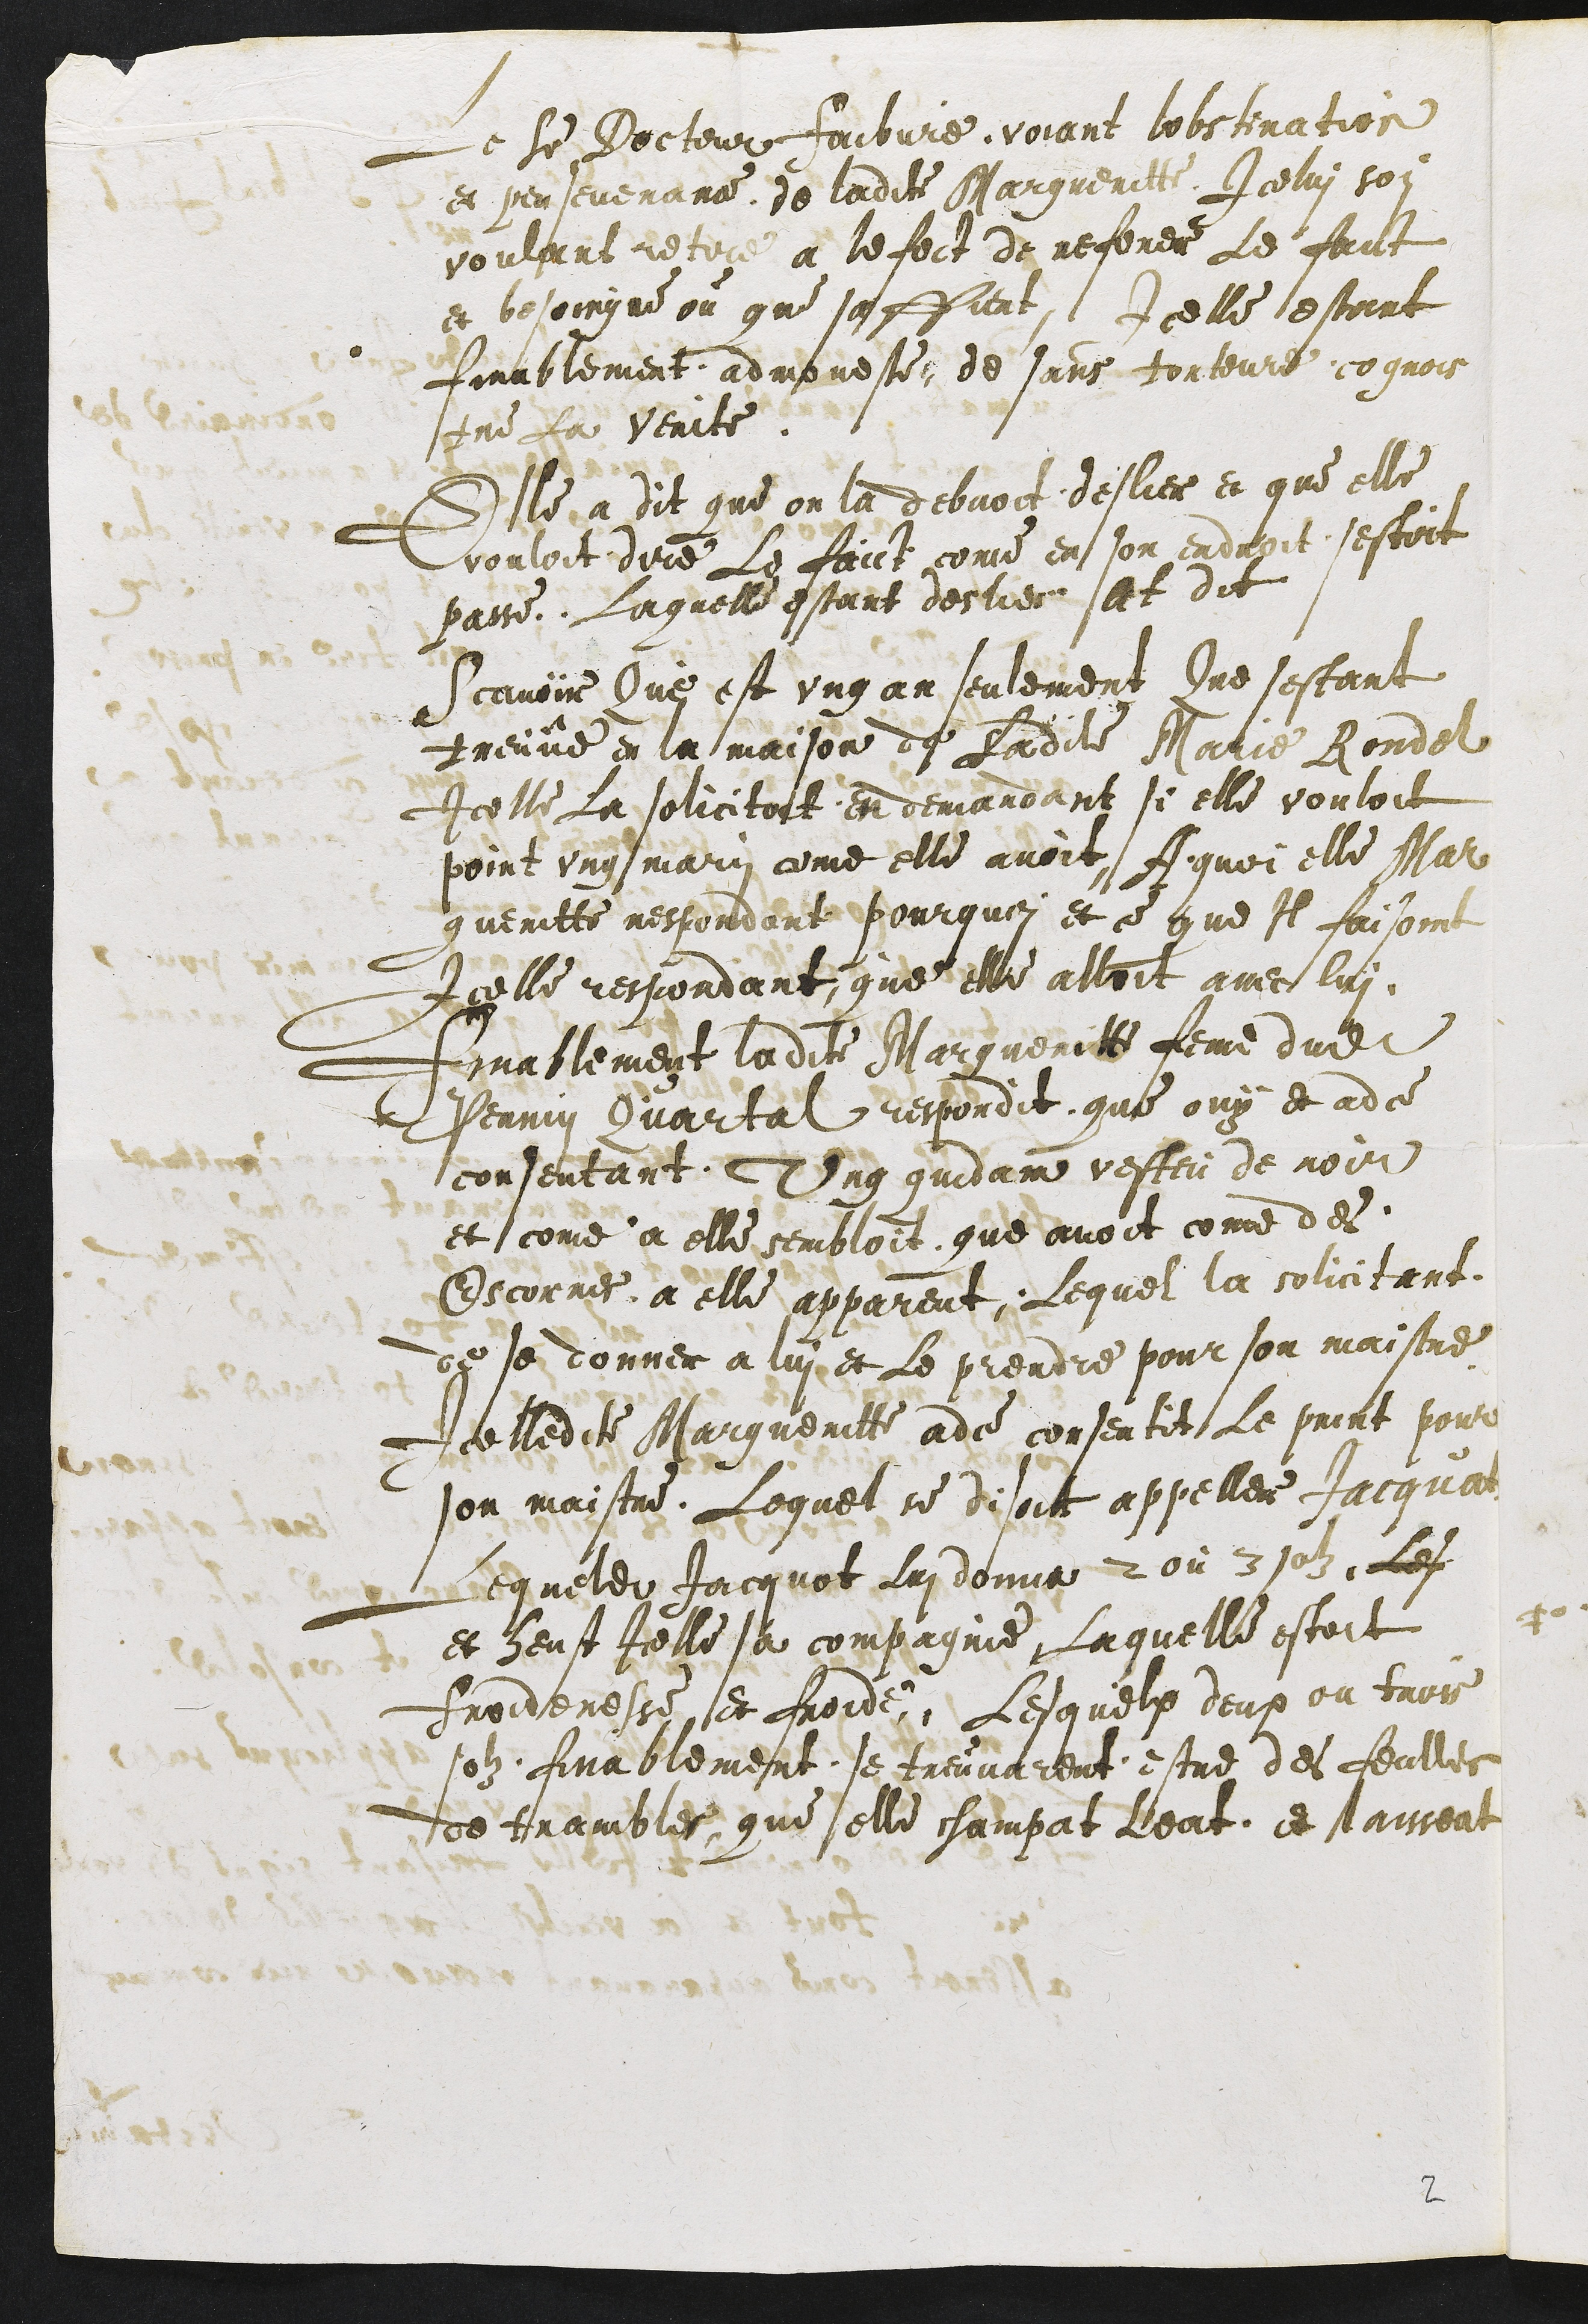
Le sieur Docteur Faibure voiant lobstination
et peu sevenance de ladite Margueritte Icelui soi
voulant retire a lefect de referer le faict
et besoingne ou que saffieat, Icelle estant
finablement admoneste, et sans torture cognois-
tre la verite.
Elle a dit que on la debvoit deslier et que elle
vouloit dire le faict come en son endroit, sestoit
passe. Laquelle estant deslier at dit
Scavoir que est vng an seulement que sestant
treuve en la maison de ladite Marie Rondel
Icelle la solicitat en demandant si elle vouloit
point ung mary come elle avoit, A quoi elle Mar-
gueritte respondant pourquoy et ce que il faisoint
Icelle respondant, que elle alloit avec lui.
Finablement ladite Margueritte feme dudit
Perrin Quartal respondit que ouy et ad ce
consentant Ung quidam vesteu de noir
et come a elle sembloit que avoit come des
Escornes a elle appareut. Lequel la solicitant
de se donner a lui et le prendre pour son maistre.
Icelledite Margueritte adce consentit le print pour
son maistre. Lequel se disoit appeller Jacquat
Lequeldit Jacquot Lui donna 2 ou 3 solz. Les
Et heust Icelle sa compagnie, laquelle estoit
froideresse et froide, Lesquelx deux ou trois
solz finablement se treuvarent estre des feulles
de trambles, que elle champat leat et laisseat